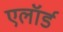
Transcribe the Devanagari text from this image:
एलॉर्ड